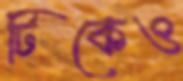
টিকেও